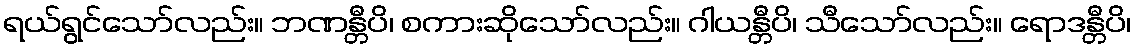
ရယ်ရွင်သော်လည်း။ ဘဏန္တီပိ၊ စကားဆိုသော်လည်း။ ဂါယန္တီပိ၊ သီသော်လည်း။ ရောဒန္တီပိ၊